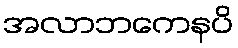
အလာဘကေနပိ